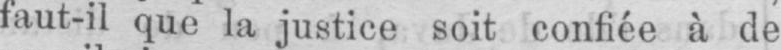
faut-il que la justice soit confiée à de